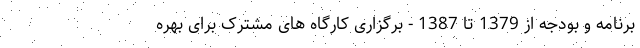
برنامه و بودجه از 1379 تا 1387 - برگزاری کارگاه های مشترک برای بهره